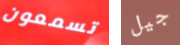
تسمعون جيل